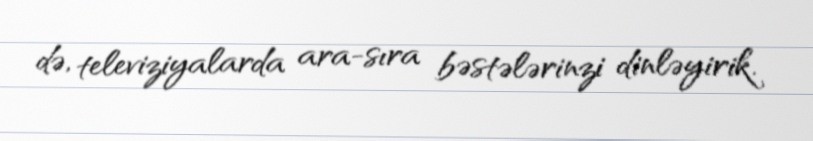
də, televiziyalarda ara-sıra bəstələrinzi dinləyirik.